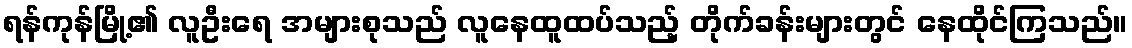
ရန်ကုန်မြို့၏ လူဦးရေ အများစုသည် လူနေထူထပ်သည့် တိုက်ခန်းများတွင် နေထိုင်ကြသည်။